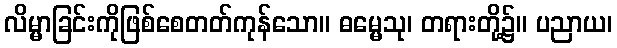
လိမ္မာခြင်းကိုဖြစ်စေတတ်ကုန်သော။ ဓမ္မေသု၊ တရားတို့၌။ ပညာယ၊